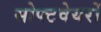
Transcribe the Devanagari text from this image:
सोफ्टवेयरों